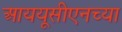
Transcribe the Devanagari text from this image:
आययूसीएनच्या